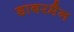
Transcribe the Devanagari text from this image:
डाबरमैन